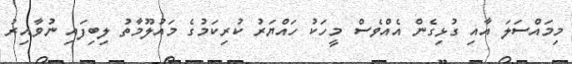
މިމައްސަލަ އާއި ގުޅިގެން އެއްވެސް މީހަކު ހައްޔަރު ކުރިކަމުގެ މައުލޫމާތު ލިބިފައި ނުވާއިރު